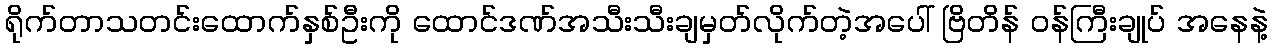
ရိုက်တာသတင်းထောက်နှစ်ဦးကို ထောင်ဒဏ်အသီးသီးချမှတ်လိုက်တဲ့အပေါ် ဗြိတိန် ဝန်ကြီးချုပ် အနေနဲ့